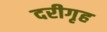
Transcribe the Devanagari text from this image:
दरीगृह